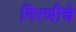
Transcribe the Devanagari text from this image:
गिरणीचे